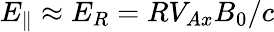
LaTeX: E_{\parallel}\approx E_{R}=RV_{Ax}B_{0}/c